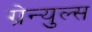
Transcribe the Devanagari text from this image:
ग्रेन्युल्स